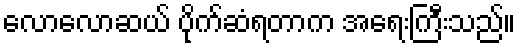
လောလောဆယ် ပိုက်ဆံရတာက အရေးကြီးသည်။